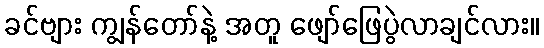
ခင်ဗျား ကျွန်တော်နဲ့ အတူ ဖျော်ဖြေပွဲလာချင်လား။